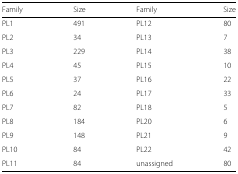
<table><thead><tr><td><b>Family</b></td><td><b>Size</b></td><td><b>Family</b></td><td><b>Size</b></td></tr></thead><tbody><tr><td>PL1</td><td>491</td><td>PL12</td><td>80</td></tr><tr><td>PL2</td><td>34</td><td>PL13</td><td>7</td></tr><tr><td>PL3</td><td>229</td><td>PL14</td><td>38</td></tr><tr><td>PL4</td><td>45</td><td>PL15</td><td>10</td></tr><tr><td>PL5</td><td>37</td><td>PL16</td><td>22</td></tr><tr><td>PL6</td><td>24</td><td>PL17</td><td>33</td></tr><tr><td>PL7</td><td>82</td><td>PL18</td><td>5</td></tr><tr><td>PL8</td><td>184</td><td>PL20</td><td>6</td></tr><tr><td>PL9</td><td>148</td><td>PL21</td><td>9</td></tr><tr><td>PL10</td><td>84</td><td>PL22</td><td>42</td></tr><tr><td>PL11</td><td>84</td><td>unassigned</td><td>80</td></tr></tbody></table>